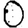
Digit: 0